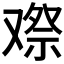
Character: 𠭫